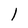
Character: l